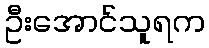
ဦးအောင်သူရက